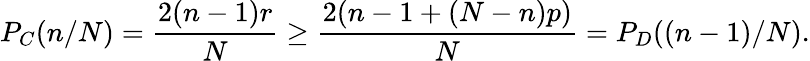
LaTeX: P_{C}(n/N)=\frac{2(n-1)r}{N}\geq\frac{2(n-1+(N-n)p)}{N}=P_{D}((n-1)/N).